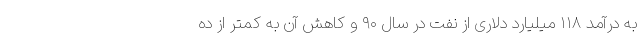
به درآمد ۱۱۸ میلیارد دلاری از نفت در سال ۹۰ و کاهش آن به کمتر از ده